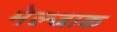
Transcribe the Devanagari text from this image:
मेल्जाक